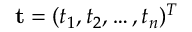
\mathbf { t } = ( t _ { 1 } , t _ { 2 } , \ldots , t _ { n } ) ^ { T }